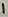
Text: 1